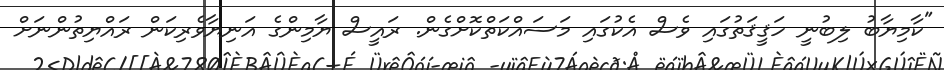
"ކާމިޔާބު ލިބުނީ ހަޤީޤަތުގައި ވެސް އެކުގައި މަސައްކަތްކޮށްގެން. ރައީސް ޔާމިންގެ އަނިޔާވެރިކަން ރައްޔިތުންނަށް